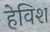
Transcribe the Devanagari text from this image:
हेविश